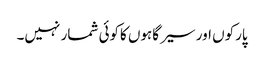
پارکوں اور سیر گاہوں کاکوئی شمار نہیں۔